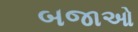
બજાઓ